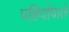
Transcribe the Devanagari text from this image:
पहियोंवाले